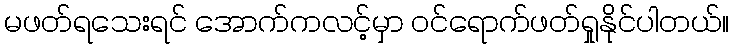
မဖတ်ရသေးရင် အောက်ကလင့်မှာ ဝင်ရောက်ဖတ်ရှုနိုင်ပါတယ်။